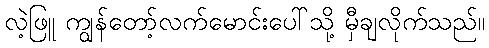
လဲ့ဖြူ ကျွန်တော့်လက်မောင်းပေါ်သို့ မှီချလိုက်သည်။